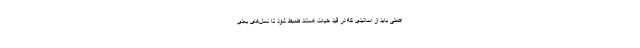
اصلی باید از اساتیدی که در قید حیات هستند ضبط شود تا نسل‌های بعدی